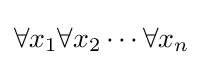
\forall x_{1}\forall x_{2}\cdots \forall x_{n}